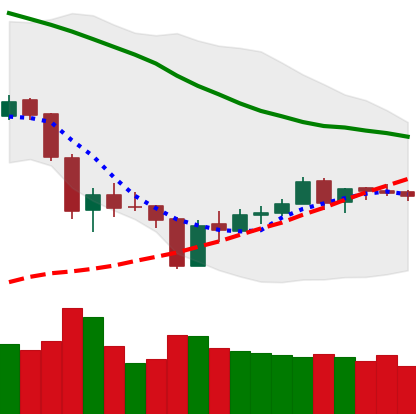
Ticker: ETH-USD
Chart end date: 2018-06-08
Forward return: -20.56%
Label: down_7plus